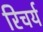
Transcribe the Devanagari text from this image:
रिचर्य